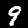
Label: 9